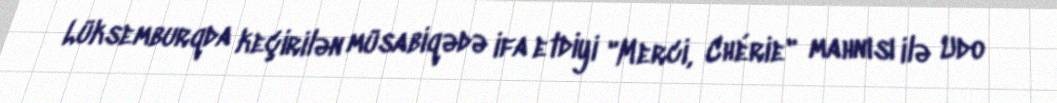
Lüksemburqda keçirilən müsabiqədə ifa etdiyi "Merci, Chérie" mahnısı ilə Udo